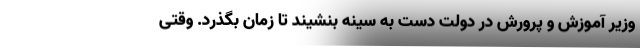
وزیر آموزش و پرورش در دولت دست به سینه بنشیند تا زمان بگذرد. وقتی